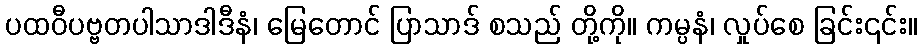
ပထဝီပဗ္ဗတပါသာဒါဒီနံ၊ မြေတောင် ပြာသာဒ် စသည် တို့ကို။ ကမ္ပနံ၊ လှုပ်စေ ခြင်း၎င်း။